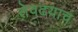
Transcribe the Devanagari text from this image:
तेवढय़ाच